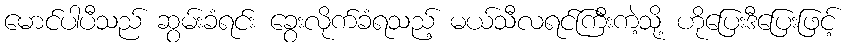
မောင်ပါပီသည် ဆွမ်းခံရင်း ခွေးလိုက်ခံရသည့် မယ်သီလရင်ကြီးကဲ့သို့ ဟိုပြေးဒီပြေးဖြင့်